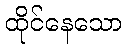
ထိုင်နေသော